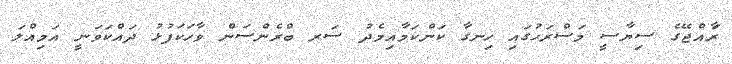
ރާައްޖޭގެ ސިޔާސީ މަސްރަހުގަައި ހިނގާ ކަންކަމާއިމެދު ސަރ ބްރެންސަން ވާހަކަފުޅު ދައްކަވަނީ އަމިއްލަ